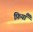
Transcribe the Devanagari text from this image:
फ़ियॉँ